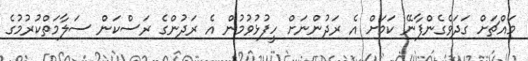
މައްޗަށް ގަދަވެގެންފާނޭ ކަމަށް އެ ރަދުންނަށް ހީފުޅުވުމުން އެ ރަދުންގެ ރަސްކަން ސަލާމަތްކުރުމުގެ